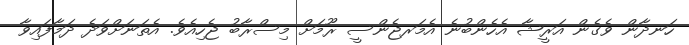
ހަނދާން ވެގެން އަރީޝާ އެހެންބުނެ އެމަރޖެންސީ ރޫމަށް މިސްރާބު ޖެހިއެވެ. އެތަނަށްވަދެ ދަމާފައިވާ